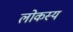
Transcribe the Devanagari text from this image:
लोकस्य